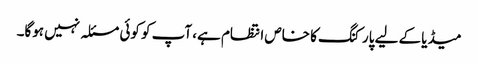
میڈیا کے لیے پارکنگ کا خاص انتظام ہے، آپ کو کوئی مسئلہ نہیں ہوگا۔